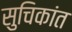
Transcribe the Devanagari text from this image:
सुचिकांत